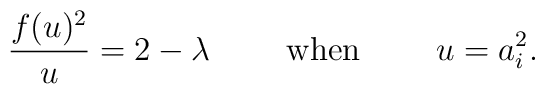
\frac{f(u)^{2}}{u} = 2-\lambda\qquad \mbox{ when } \qquad  u=a_i^2.